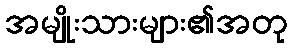
အမျိုးသားများ၏အတု